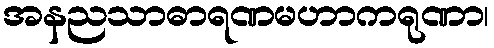
အနညသာဓာရဏမဟာကရုဏာ၊